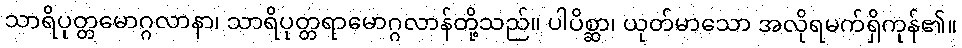
သာရိပုတ္တမောဂ္ဂလာနာ၊ သာရိပုတ္တရာမောဂ္ဂလာန်တို့သည်။ ပါပိစ္ဆာ၊ ယုတ်မာသော အလိုရမက်ရှိကုန်၏။